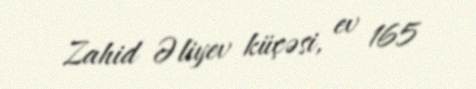
Zahid Əliyev küçəsi, ev 165